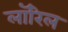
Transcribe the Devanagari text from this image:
लॉरिल